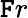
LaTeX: \mathtt{F}r